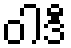
ဝါဒီ